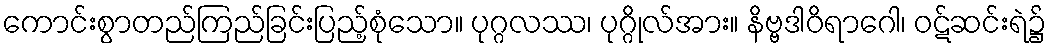
ကောင်းစွာတည်ကြည်ခြင်းပြည့်စုံသော။ ပုဂ္ဂလဿ၊ ပုဂ္ဂိုလ်အား။ နိဗ္ဗဒါဝိရာဂေါ၊ ဝဋ်ဆင်းရဲ၌